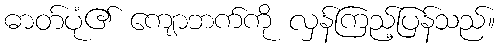
ဓာတ်ပုံ၏ ကျောဘက်ကို လှန်ကြည့်ပြန်သည်။